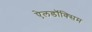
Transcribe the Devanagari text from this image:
ऐलडॉक्सिम